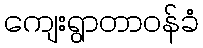
ကျေးရွာတာဝန်ခံ